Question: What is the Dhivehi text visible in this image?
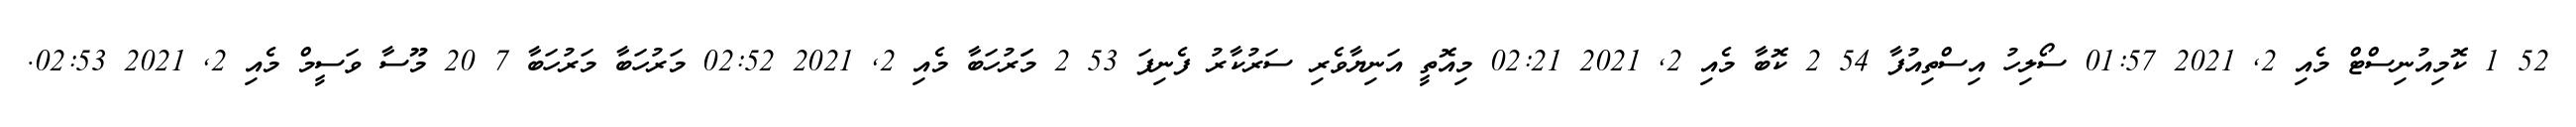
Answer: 52 1 ކޮމިއުނިސްޓް މެއި 2, 2021 01:57 ސޯލިހު އިސްތިއުފާ 54 2 ކޮބާ މެއި 2, 2021 02:21 މިއޮތީ އަނިޔާވެރި ސަރުކާރު ފެނިފަ 53 2 މަަރުހަބާ މެއި 2, 2021 02:52 މަރުހަބާ މަރުހަބާ 7 20 މޫސާ ވަސީމް މެއި 2, 2021 02:53.